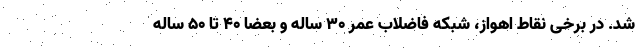
شد. در برخی نقاط اهواز، شبکه فاضلاب عمر ۳۰ ساله و بعضا ۴۰ تا ۵۰ ساله